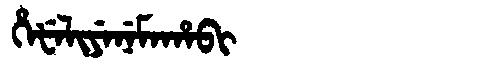
Manchu: ᡥᡝᡶᡝᠯᡳᠶᡝᠨᡝᠮᠠᡥᠠᠪᡳ
Romanization: HEFELIYENEMAHABI